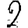
Digit: 2